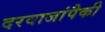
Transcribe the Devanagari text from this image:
दरवाजांपैकी